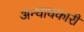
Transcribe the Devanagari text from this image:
अन्यायकारी